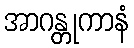
အာဂန္တုကာနံ